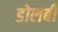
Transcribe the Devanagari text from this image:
डोलबी